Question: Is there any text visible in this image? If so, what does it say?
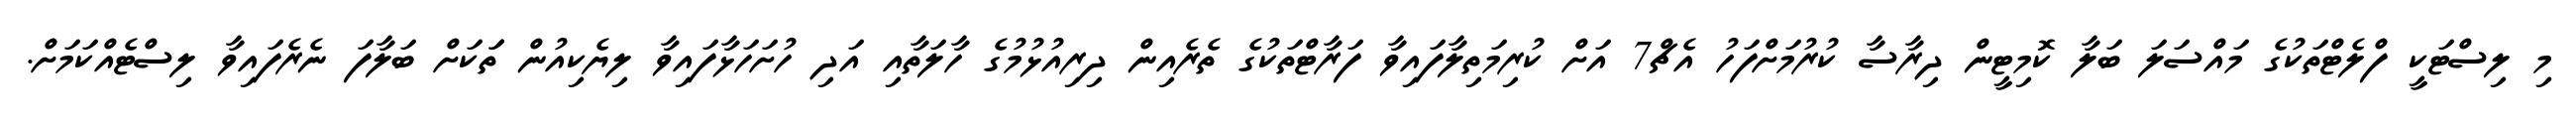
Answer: މި ލިސްޓަކީ ފްލެޓްތަކުގެ މައްސަލަ ބަލާ ކޮމިޓީން ދިރާސާ ކުރުމަށްފަހު އެޗް7 އަށް ކުރިމަތިލާފައިވާ ފަރާޓްތަކުގެ ތެރެއިން ދިރިއުޅުމުގެ ހާލަތާއި އަދި ހުށަހަޅާފައިވާ ލިޔެކިއުން ތަަކަށް ބަލާފަ ނެރެފައިވާ ލިސްޓެއްކަމަށް.